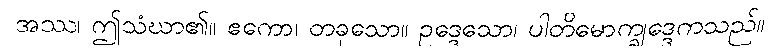
အဿ၊ ဤသံဃာ၏။ ဧကော၊ တခုသော။ ဥဒ္ဒေသော၊ ပါတိမောက္ခုဒ္ဒေကသည်။